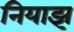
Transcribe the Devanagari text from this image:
नियाझ